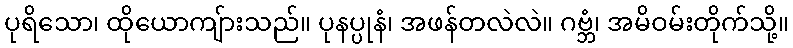
ပုရိသော၊ ထိုယောကျ်ားသည်။ ပုနပ္ပုနံ၊ အဖန်တလဲလဲ။ ဂဗ္ဘံ၊ အမိဝမ်းတိုက်သို့။